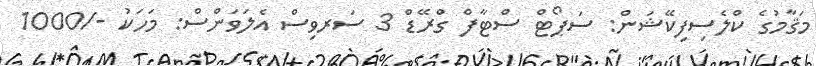
މަޤާމުގެ ކްލެސިފިކޭޝަން: ސަޕޯޓް ސްޓާފް ގްރޭޑް 3 ސަރވިސް އެލަވަންސް: މަހަކު -/1000